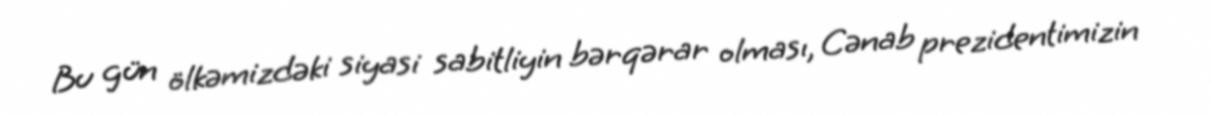
Bu gün ölkəmizdəki siyasi sabitliyin bərqərar olması, Cənab prezidentimizin